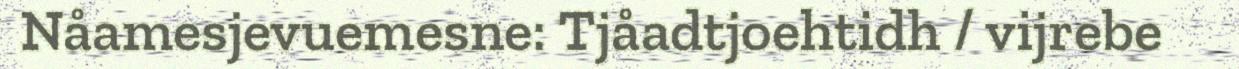
Nåamesjevuemesne: Tjåadtjoehtidh / vijrebe